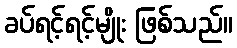
ခပ်ရင့်ရင့်မျိုး ဖြစ်သည်။